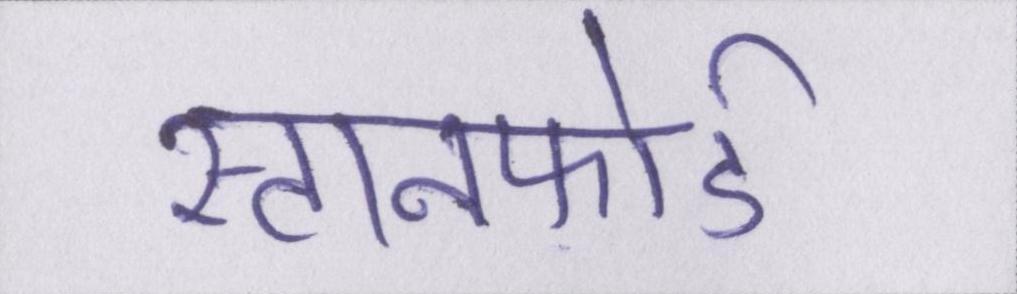
स्टानफोर्ड